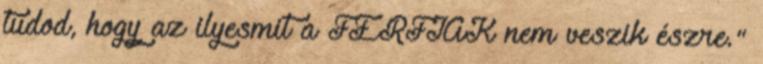
tudod, hogy az ilyesmit a FÉRFIAK nem veszik észre."